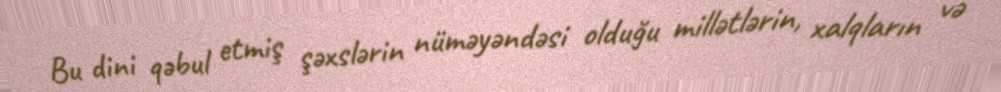
Bu dini qəbul etmiş şəxslərin nüməyəndəsi olduğu millətlərin, xalqların və